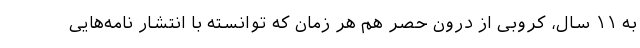
به ۱۱ سال، کروبی از درون حصر هم هر زمان که توانسته با انتشار نامه‌هایی